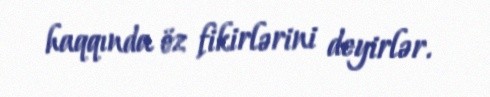
haqqında öz fikirlərini deyirlər.